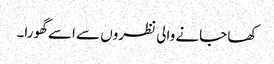
کھا جانے والی نظروں سے اسے گھورا۔